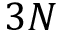
3 N